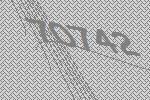
70742